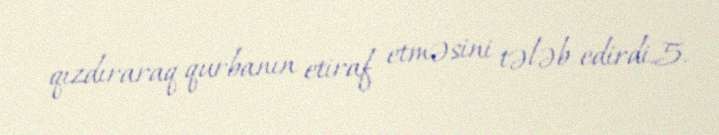
qızdıraraq qurbanın etiraf etməsini tələb edirdi.5.